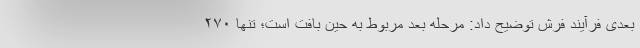
بعدی فرآیند فرش توضیح داد: مرحله بعد مربوط به حین بافت است؛ تنها ۲۷۰